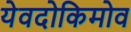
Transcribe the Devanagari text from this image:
येवदोकिमोव